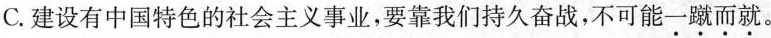
C.建设有中国特色的社会主义事业，要靠我们持久奋战，不可能一蹴而就。